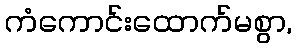
ကံကောင်းထောက်မစွာ,